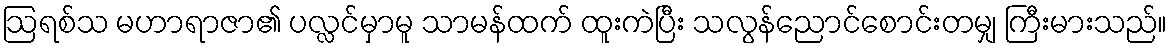
ဩရစ်သ မဟာရာဇာ၏ ပလ္လင်မှာမူ သာမန်ထက် ထူးကဲပြီး သလွန်ညောင်စောင်းတမျှ ကြီးမားသည်။